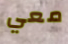
معي